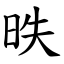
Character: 昳